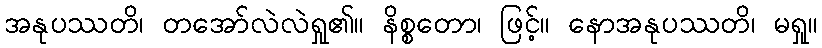
အနုပဿတိ၊ တအော်လဲလဲရှု၏။ နိစ္စတော၊ ဖြင့်။ နောအနုပဿတိ၊ မရှု။